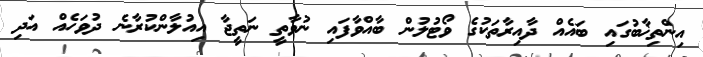
އިންތިޚާބުގައި ބައެއް ދާއިރާތަކުގެ ވޯޓުލުން ބާއްވާފައި ނުވާތީ ނަތީޖާ އިއުލާންކުރާނެ ދުވަހެއް އަދި